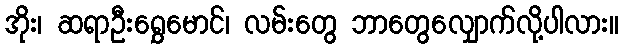
အိုး၊ ဆရာဦးရွှေမောင်၊ လမ်းတွေ ဘာတွေလျှောက်လို့ပါလား။